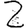
Digit: 2